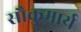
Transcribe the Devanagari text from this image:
सौकुमार्य